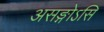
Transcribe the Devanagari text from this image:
असङ्गोऽसि